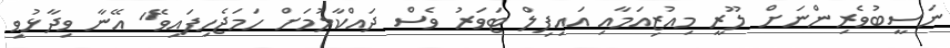
ނަސީބުވެރިންނަށް ލޫރީ މިއުޒިއަމާއި އައިފިލް ޓަވަރު ވެސް ދައްކާލުމަށް ހަމަޖެހިފައިވޭ" އޭނާ ވިދާޅުވި